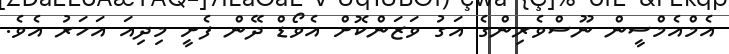
އެމްއެމްސީން ނޫސްވެރިންގެ އަގު ވަޒަންކޮށް އެވޯޑް ދޭން ފެށީ މިދިއަ އަހަރު އެވެ.